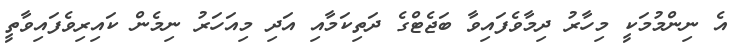
އެ ނިންމުމަކީ މިހާރު ދިމާވެފައިވާ ބަޖެޓްގެ ދަތިކަމާއި އަދި މިއަހަރު ނިމެން ކައިރިވެފައިވާތީ